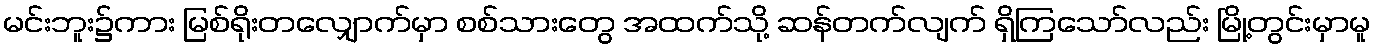
မင်းဘူး၌ကား မြစ်ရိုးတလျှောက်မှာ စစ်သားတွေ အထက်သို့ ဆန်တက်လျက် ရှိကြသော်လည်း မြို့တွင်းမှာမူ